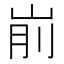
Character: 𰎗